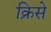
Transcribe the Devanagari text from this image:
क्रिसे